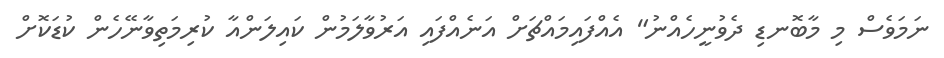
ނަމަވެސް މި މާބޮނޑި ދެވުނީހެއްނު" އެއްފައިމައްޗަށް އަނެއްފައި އަރުވާލަމުން ކައިލަންއާ ކުރިމަތިވާނޭހެން ކުޑަކޮށް